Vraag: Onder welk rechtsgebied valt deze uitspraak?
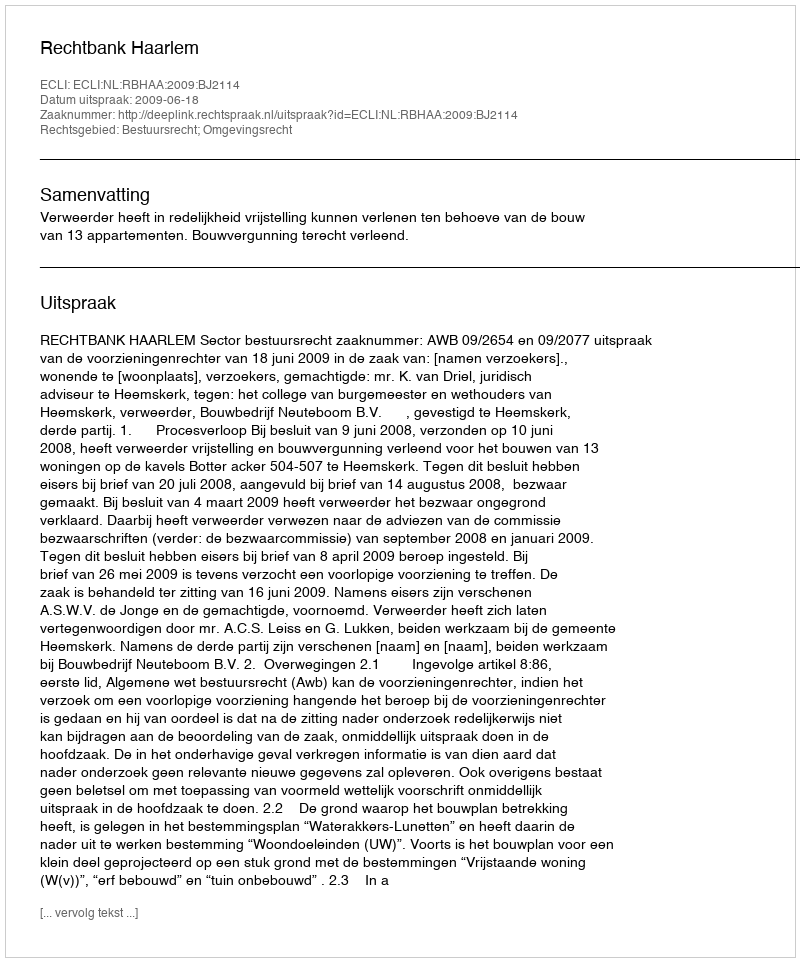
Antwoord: Bestuursrecht; Omgevingsrecht